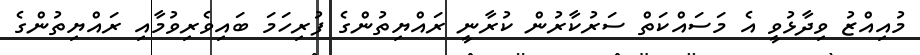
މުއިއްޒު ވިދާޅުވީ އެ މަސައްކަތް ސަރުކާރުން ކުރާނީ ރައްޔިތުންގެ ފުރިހަމަ ބައިވެރިވުމާއި ރައްޔިތުންގެ